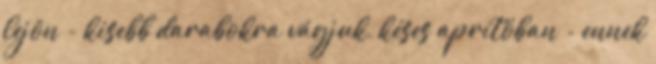
lejön - kisebb darabokra vágjuk, késes aprítóban - ennek